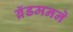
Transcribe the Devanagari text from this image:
ब्रॅडमनने